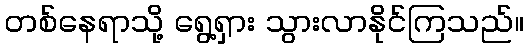
တစ်နေရာသို့ ရွေ့ရှား သွားလာနိုင်ကြသည်။